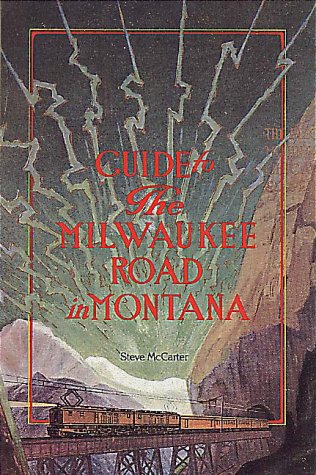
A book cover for Guide to the Milwaukee Road in Montana; Steve McCarter; Travel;